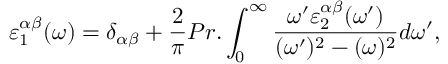
\varepsilon _ { 1 } ^ { \alpha \beta } ( \omega ) = \delta _ { \alpha \beta } + \frac { 2 } { \pi } P r . \int _ { 0 } ^ { \infty } \frac { \omega ^ { \prime } \varepsilon _ { 2 } ^ { \alpha \beta } ( \omega ^ { \prime } ) } { ( \omega ^ { \prime } ) ^ { 2 } - ( \omega ) ^ { 2 } } d \omega ^ { \prime } ,